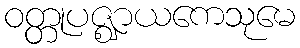
ဝတ္တုပဇ္ဈာယကေသုမေ